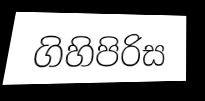
ගිහිපිරිස